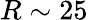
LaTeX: R\sim 25